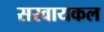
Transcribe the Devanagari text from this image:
सरवायकल